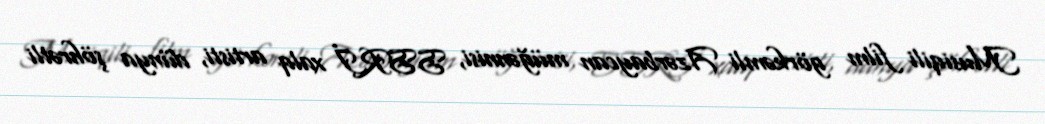
Musiqili film görkəmli Azərbaycan müğənnisi, SSRİ xalq artisti, dünya şöhrətli